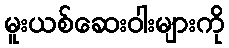
မူးယစ်ဆေးဝါးများကို